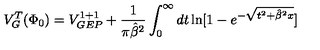
V _ { G } ^ { T } ( \Phi _ { 0 } ) = V _ { G E P } ^ { 1 + 1 } + { \frac { 1 } { \pi { \hat { \beta } } ^ { 2 } } } \int _ { 0 } ^ { \infty } d t \ln [ 1 - e ^ { - \sqrt { t ^ { 2 } + { \hat { \beta } } ^ { 2 } x } } ]